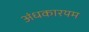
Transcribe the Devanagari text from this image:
अंधकारयम